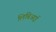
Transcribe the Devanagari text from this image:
लिबिआई